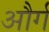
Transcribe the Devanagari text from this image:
और्ग